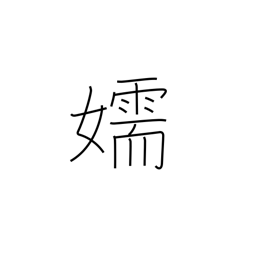
Meaning: mistress